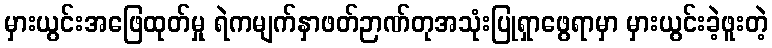
မှားယွင်းအဖြေထုတ်မှု ရဲကမျက်နှာဖတ်ဉာဏ်တုအသုံးပြုရှာဖွေရာမှာ မှားယွင်းခဲ့ဖူးတဲ့